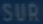
SUB